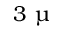
3 ~ \upmu